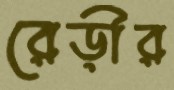
রেড়ীর